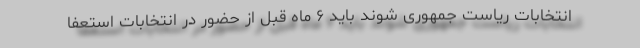
انتخابات ریاست جمهوری شوند باید ۶ ماه قبل از حضور در انتخابات استعفا